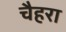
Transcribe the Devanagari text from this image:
चैहरा